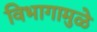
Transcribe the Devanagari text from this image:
विभागामुळे